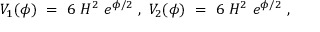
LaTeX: V _ { 1 } ( \phi ) ~ = ~ 6 ~ H ^ { 2 } ~ e ^ { \phi / 2 } ~ , ~ V _ { 2 } ( \phi ) ~ = ~ 6 ~ H ^ { 2 } ~ e ^ { \phi / 2 } ~ , ~ \,